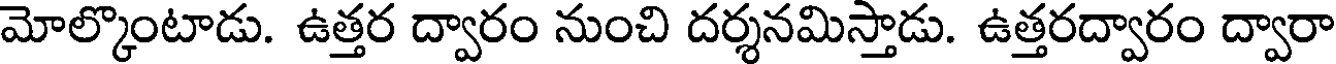
మోల్కొంటాడు. ఉత్తర ద్వారం నుంచి దర్శనమిస్తాడు. ఉత్తరద్వారం ద్వారా